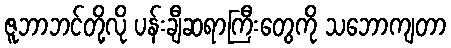
ဇူဘာဘင်တို့လို ပန်းချီဆရာကြီးတွေကို သဘောကျတာ